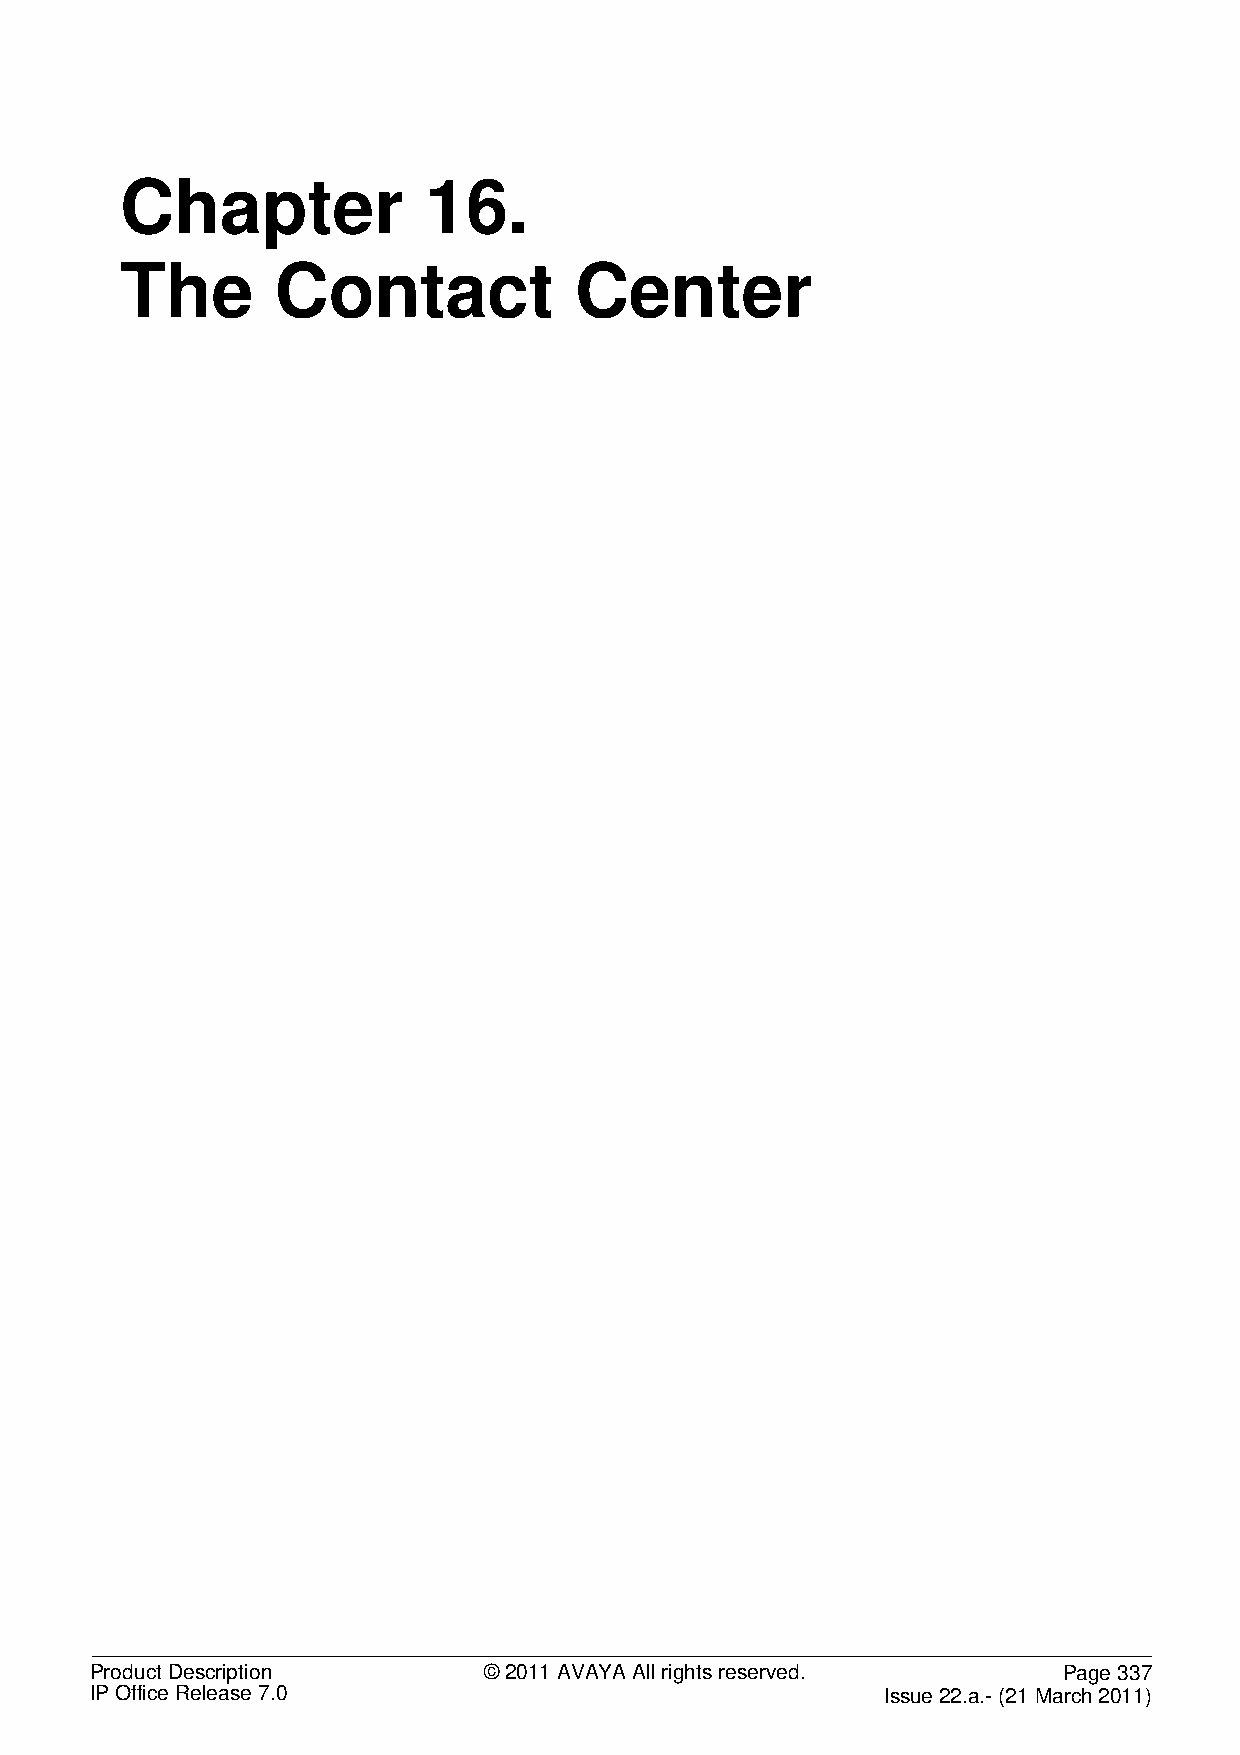
Chapter             16.
 The       Contact             Center
 Product Description       © 2011 AVAYA All rights reserved.     Page 337
 IP Office Release 7.0                                Issue 22.a.- (21 March 2011)